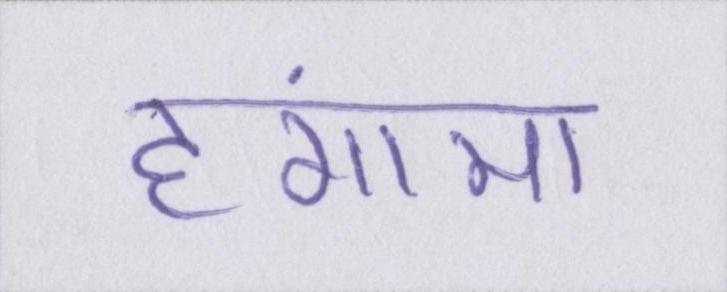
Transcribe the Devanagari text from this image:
हंगामा